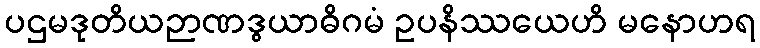
ပဌမဒုတိယဉာဏဒွယာဓိဂမံ ဥပနိဿယေဟိ မနောဟရ